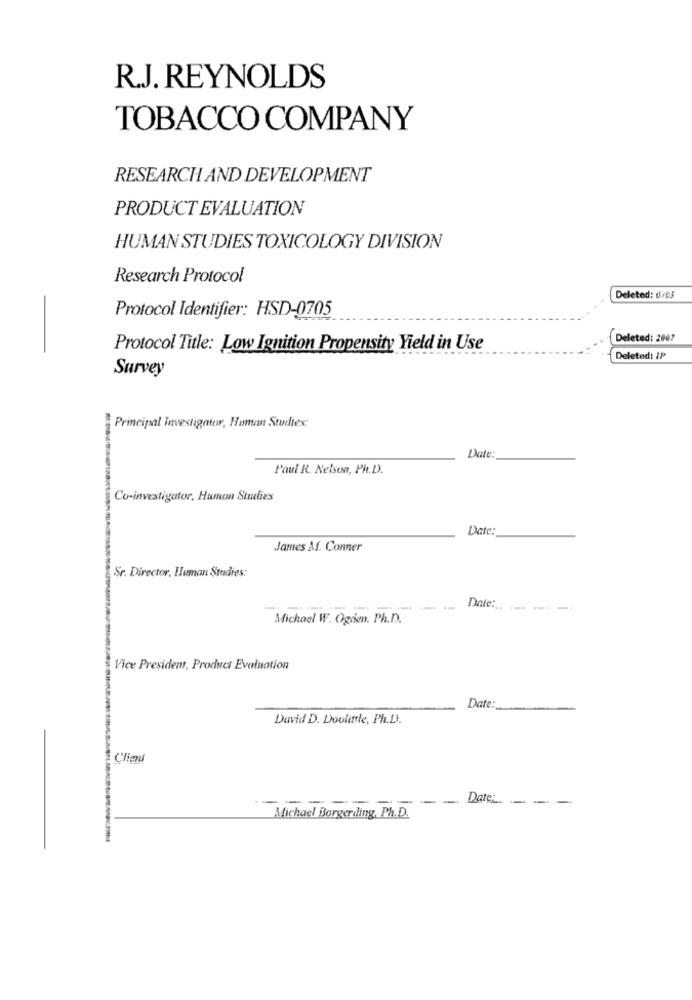
R.J. REYNOLDS
TOBACCO COMPANY
RESEARCH AND DEVELOPMENT
PRODUCT EVALUATION
HUMAN STUDIES TOXICOLOGY DIVISION
Research Protocol
Deleted: 0703
Protocol Identifier: HSD-0705
Deleted: 2007
Protocol Title: Low Ignition Propensity Yield in Use
Deleted: IP
Survey
Principal Investigator, Human Studies:
Date:
Paul R. Nelson, Ph.D.
Co-investigator, Human Studies
Date:
James Af. Conner
Sr. Director, Human Studies:
Date :.. ... .
Michael W. Ogden. Ph.D.
Vice President, Product Evaluation
Date:
David D. Doolittle, Ph.D.
Client
-------
----
Date:
Michael Borgerding, Ph.D.